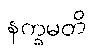
နက္ခမတိ